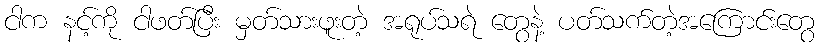
ငါက နင့်ကို ငါဖတ်ပြီး မှတ်သားဖူးတဲ့ အရုပ်သရဲ တွေနဲ့ ပတ်သက်တဲ့အကြောင်းတွေ